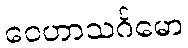
ဝေဟာသင်္ဂမော